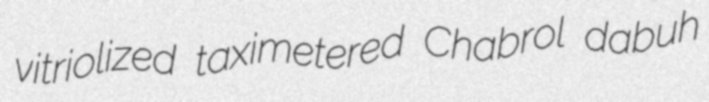
vitriolized taximetered Chabrol dabuh